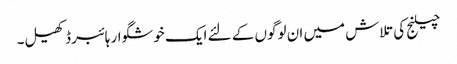
چیلنج کی تلاش میں ان لوگوں کے لئے ایک خوشگوار ہائبرڈ کھیل۔